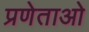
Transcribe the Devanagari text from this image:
प्रणेताओ